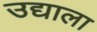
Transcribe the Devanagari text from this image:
उद्याला